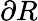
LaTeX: \partial R